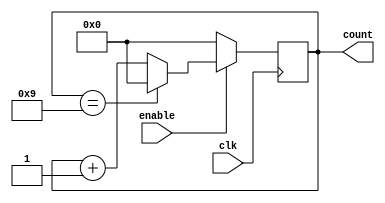
module BCD_Up_Counter (
    input wire clk,
    input wire enable,
    output reg [3:0] count
);

always @(posedge clk) begin
    if (enable) begin
        if (count == 4'd9) begin
            count <= 4'd0;
        end
        else begin
            count <= count + 1;
        end
    end
    else begin
        count <= 4'd0;
    end
end

endmodule